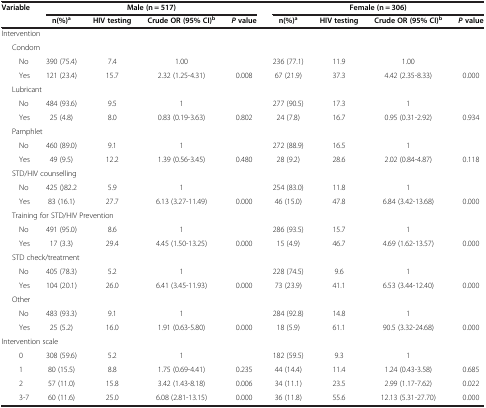
<table><thead><tr><td><b>Variable</b></td><td colspan="4"><b>Male (n = 517)</b></td><td colspan="4"><b>Female (n = 306)</b></td></tr><tr><td><b> </b></td><td><b>n(%)<sup>a</sup></b></td><td><b>HIV testing</b></td><td><b>Crude OR (95% CI)<sup>b</sup></b></td><td><b><i>P </i>value</b></td><td><b>n(%)<sup>a</sup></b></td><td><b>HIV testing</b></td><td><b>Crude OR (95% CI)<sup>b</sup></b></td><td><b><i>P </i>value</b></td></tr></thead><tbody><tr><td colspan="9">Intervention</td></tr><tr><td colspan="9">Condom</td></tr><tr><td>No</td><td>390 (75.4)</td><td>7.4</td><td>1.00</td><td> </td><td>236 (77.1)</td><td>11.9</td><td>1.00</td><td> </td></tr><tr><td>Yes</td><td>121 (23.4)</td><td>15.7</td><td>2.32 (1.25-4.31)</td><td>0.008</td><td>67 (21.9)</td><td>37.3</td><td>4.42 (2.35-8.33)</td><td>0.000</td></tr><tr><td colspan="9">Lubricant</td></tr><tr><td>No</td><td>484 (93.6)</td><td>9.5</td><td>1</td><td> </td><td>277 (90.5)</td><td>17.3</td><td>1</td><td> </td></tr><tr><td>Yes</td><td>25 (4.8)</td><td>8.0</td><td>0.83 (0.19-3.63)</td><td>0.802</td><td>24 (7.8)</td><td>16.7</td><td>0.95 (0.31-2.92)</td><td>0.934</td></tr><tr><td colspan="9">Pamphlet</td></tr><tr><td>No</td><td>460 (89.0)</td><td>9.1</td><td>1</td><td> </td><td>272 (88.9)</td><td>16.5</td><td>1</td><td> </td></tr><tr><td>Yes</td><td>49 (9.5)</td><td>12.2</td><td>1.39 (0.56-3.45)</td><td>0.480</td><td>28 (9.2)</td><td>28.6</td><td>2.02 (0.84-4.87)</td><td>0.118</td></tr><tr><td colspan="9">STD/HIV counselling</td></tr><tr><td>No</td><td>425 ()82.2</td><td>5.9</td><td>1</td><td> </td><td>254 (83.0)</td><td>11.8</td><td>1</td><td> </td></tr><tr><td>Yes</td><td>83 (16.1)</td><td>27.7</td><td>6.13 (3.27-11.49)</td><td>0.000</td><td>46 (15.0)</td><td>47.8</td><td>6.84 (3.42-13.68)</td><td>0.000</td></tr><tr><td colspan="9">Training for STD/HIV Prevention</td></tr><tr><td>No</td><td>491 (95.0)</td><td>8.6</td><td>1</td><td> </td><td>286 (93.5)</td><td>15.7</td><td>1</td><td> </td></tr><tr><td>Yes</td><td>17 (3.3)</td><td>29.4</td><td>4.45 (1.50-13.25)</td><td>0.000</td><td>15 (4.9)</td><td>46.7</td><td>4.69 (1.62-13.57)</td><td>0.000</td></tr><tr><td colspan="9">STD check/treatment</td></tr><tr><td>No</td><td>405 (78.3)</td><td>5.2</td><td>1</td><td> </td><td>228 (74.5)</td><td>9.6</td><td>1</td><td> </td></tr><tr><td>Yes</td><td>104 (20.1)</td><td>26.0</td><td>6.41 (3.45-11.93)</td><td>0.000</td><td>73 (23.9)</td><td>41.1</td><td>6.53 (3.44-12.40)</td><td>0.000</td></tr><tr><td colspan="9">Other</td></tr><tr><td>No</td><td>483 (93.3)</td><td>9.1</td><td>1</td><td> </td><td>284 (92.8)</td><td>14.8</td><td>1</td><td> </td></tr><tr><td>Yes</td><td>25 (5.2)</td><td>16.0</td><td>1.91 (0.63-5.80)</td><td>0.000</td><td>18 (5.9)</td><td>61.1</td><td>90.5 (3.32-24.68)</td><td>0.000</td></tr><tr><td colspan="9">Intervention scale</td></tr><tr><td>0</td><td>308 (59.6)</td><td>5.2</td><td>1</td><td> </td><td>182 (59.5)</td><td>9.3</td><td>1</td><td> </td></tr><tr><td>1</td><td>80 (15.5)</td><td>8.8</td><td>1.75 (0.69-4.41)</td><td>0.235</td><td>44 (14.4)</td><td>11.4</td><td>1.24 (0.43-3.58)</td><td>0.685</td></tr><tr><td>2</td><td>57 (11.0)</td><td>15.8</td><td>3.42 (1.43-8.18)</td><td>0.006</td><td>34 (11.1)</td><td>23.5</td><td>2.99 (1.17-7.62)</td><td>0.022</td></tr><tr><td>3-7</td><td>60 (11.6)</td><td>25.0</td><td>6.08 (2.81-13.15)</td><td>0.000</td><td>36 (11.8)</td><td>55.6</td><td>12.13 (5.31-27.70)</td><td>0.000</td></tr></tbody></table>